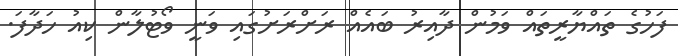
ފަހުގެ ތައްޔާރީތައް ވަމުން ދާއިރު ބައެއް ރަށްރަށުގައި ވަނީ ވޯޓުލާން ކިއު ހަދާފަ.